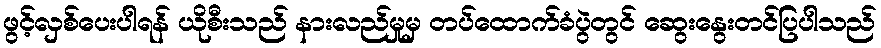
ဖွင့်လှစ်ပေးပါရန် ယိုစီးသည် နားလည်မှုမှ တပ်ထောက်ခံပွဲတွင် ဆွေးနွေးတင်ပြပါသည်